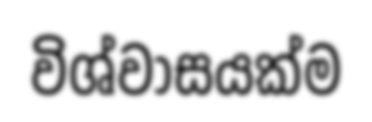
විශ්වාසයක්ම